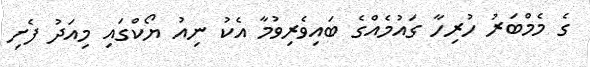
ގެ މެމްބަރު ހުރިހާ ގައުމެއްގެ ބައިވެރިވުމާ އެކު ނިއު ޔޯކްގައި މިއަދު ފެށި